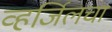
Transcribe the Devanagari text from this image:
व्हर्जिलचा